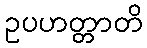
ဥပဟတ္တာတိ